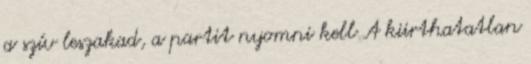
a szív leszakad, a partit nyomni kell A kiirthatatlan